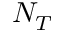
N _ { T }